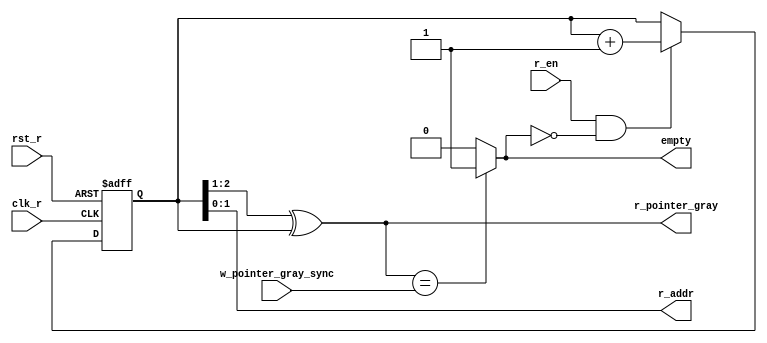
// -----------------------------------------------------------------------------
// Copyright (c) 2014-2022 All rights reserved
// -----------------------------------------------------------------------------
// Create : 2022-03-04 11:10:59
// Revise : 2022-03-04 17:19:20
// Editor : sublime text4, tab size (4)
// -----------------------------------------------------------------------------
//
module read_empty #(
//=====================paramter ================================================

	parameter  				FIFO_addr_size		=		2			
	)(
					//=========================port define===========================================

	input 									clk_r							,
	input									rst_r							,
	input									r_en 							,
	
	input 		[FIFO_addr_size:0]			w_pointer_gray_sync				,
				
	output  wire               				empty 							,
	output 	wire	[FIFO_addr_size-1:0]	r_addr							,
	output	wire	[FIFO_addr_size:0]		r_pointer_gray 					

	
);


//======================reg wire ==================================================
	reg 			[FIFO_addr_size:0] 		r_pointer_bin 					;
	//wire 									flag_rd							;

//============================Main code============================================

always @(posedge clk_r or negedge rst_r) begin : proc_
	if(~rst_r) begin
		 r_pointer_bin		<= 		{FIFO_addr_size{1'b0}}			;
	end
	else if ((r_en == 1) &&(empty == 0)) begin
		 r_pointer_bin		<=    r_pointer_bin + 1   				;
	end
end


//assign

//assign 		flag_rd 			= 	(r_en == 1) &&(empty == 0)						;
assign		r_pointer_gray		=	(r_pointer_bin>>1)^r_pointer_bin				;
assign		r_addr				=	r_pointer_bin[FIFO_addr_size-1:0]				;
assign 		empty 				=	r_pointer_gray == w_pointer_gray_sync? 1: 0 	;	//MSB 

endmodule